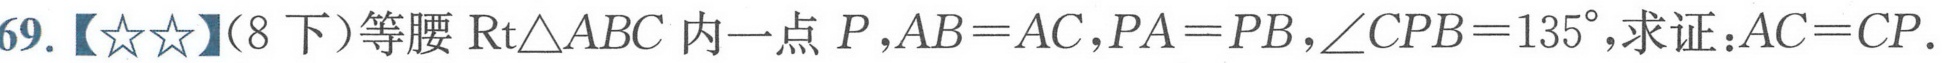
69.【\(☆☆\)】（8下）等腰\(\text{Rt}\triangle ABC\)内一点 \(P\)，\(AB = AC\)，\(PA = PB\)，\(\angle CPB = 135^{\circ}\)，求证：\(AC = CP\).